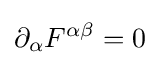
\partial _{\alpha }F^{\alpha \beta }=0